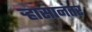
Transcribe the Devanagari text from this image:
र्‍हासानंतर